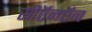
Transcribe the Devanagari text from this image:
सीऍनऍन